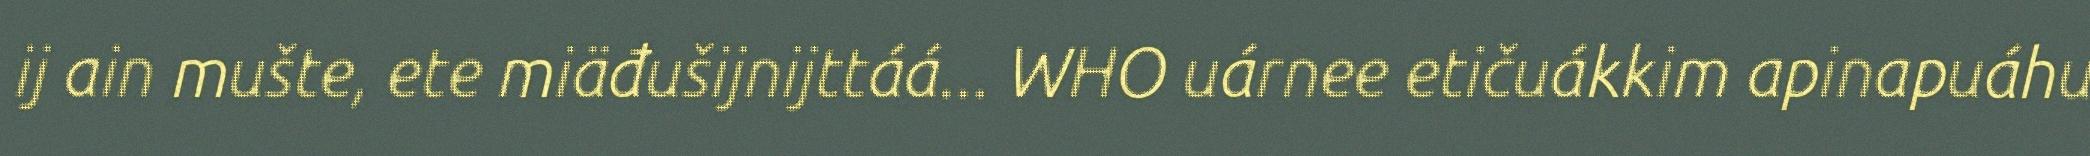
ij ain mušte, ete miäđušijnijttáá... WHO uárnee etičuákkim apinapuáhu